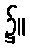
၌။